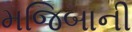
મજિબાની